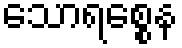
သောရစ္စေန